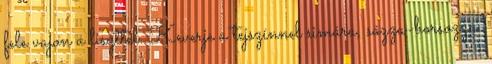
fele vajon a liszttel. Keverje a tejszínnel simára, sózza-borsozza.